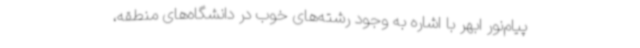
پیام‌نور ابهر با اشاره به وجود رشته‌های خوب در دانشگاه‌های منطقه،